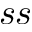
s s